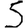
Digit: 5